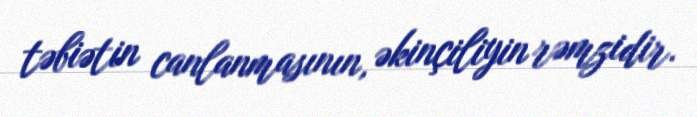
təbiətin canlanmasının, əkinçiliyin rəmzidir.